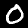
Label: 0